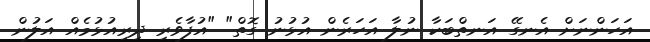
އަހަންނަށް އެނގޭ އަނތްބަކާ ނުލާ އަހަރެން އުޅުނު ގޮތް" "އުފާވެރި ދިރިއުޅުމެއް އަލުން